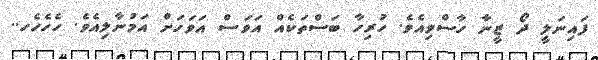
ފައިނަލީ ދޯ ޒީނާ ހާސްވިއެވެ. ހުރިހާ ބަސްތަކެއް އަވަސް އަވަހަށް އަމުނާލިއެވެ. ހެހެހެހ..